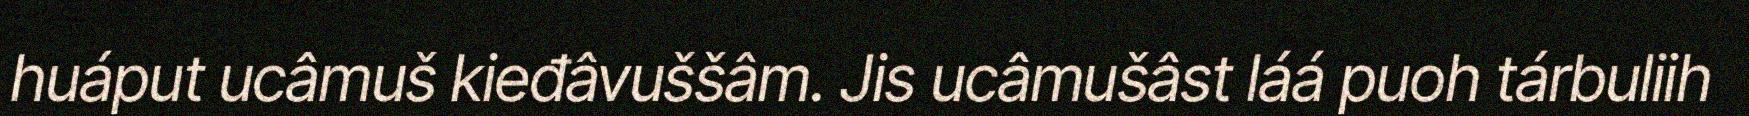
huáput ucâmuš kieđâvuššâm. Jis ucâmušâst láá puoh tárbuliih